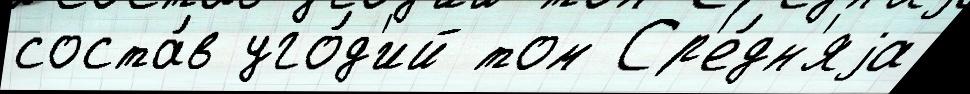
соста́в уго́д'ий том Ср'е́дн'яjа